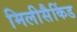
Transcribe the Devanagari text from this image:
मिलीसैकिंड